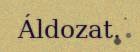
Áldozat.